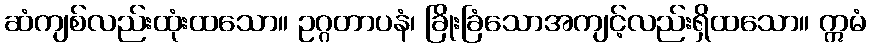
ဆံကျစ်လည်းထုံးထသော။ ဥဂ္ဂတာပနံ၊ ခြိုးခြံသောအကျင့်လည်းရှိထသော။ ဣမံ